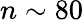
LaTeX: n\sim 80